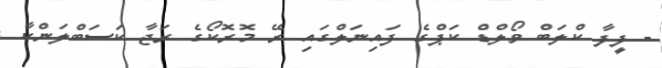
- ފީފާ ކްލަބް ވޯލްޑް ކަޕްގެ ފައިނަލްގައި ރޭ މޮރޮކޯގެ ރަޖާ ކަސަބްލަންކާ